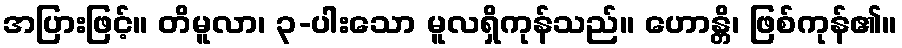
အပြားဖြင့်။ တိမူလာ၊ ၃-ပါးသော မူလရှိကုန်သည်။ ဟောန္တိ၊ ဖြစ်ကုန်၏။